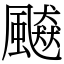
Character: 飇